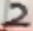
Text: 2